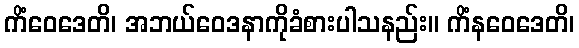
ကိံဝေဒေတိ၊ အဘယ်ဝေဒနာကိုခံစားပါသနည်း။ ကိံနဝေဒေတိ၊